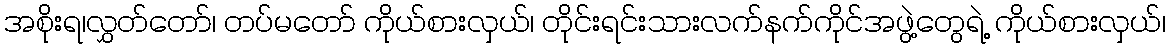
အစိုးရ၊လွှတ်တော်၊ တပ်မတော် ကိုယ်စားလှယ်၊ တိုင်းရင်းသားလက်နက်ကိုင်အဖွဲ့တွေရဲ့ ကိုယ်စားလှယ်၊